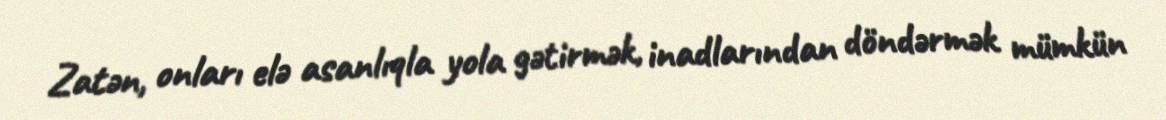
Zatən, onları elə asanlıqla yola gətirmək, inadlarından döndərmək mümkün